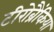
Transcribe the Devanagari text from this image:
टीरोब्रैंकिया